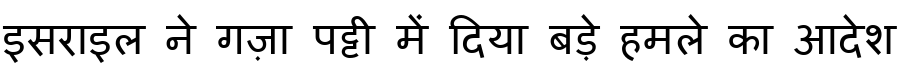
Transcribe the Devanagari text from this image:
इसराइल ने गज़ा पट्टी में दिया बड़े हमले का आदेश